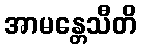
အာမန္တေသီတိ